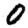
Digit: 0